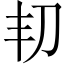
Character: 㓞